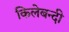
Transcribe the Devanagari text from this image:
किलेबन्‍दी